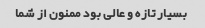
بسیار تازه و عالی بود ممنون از شما